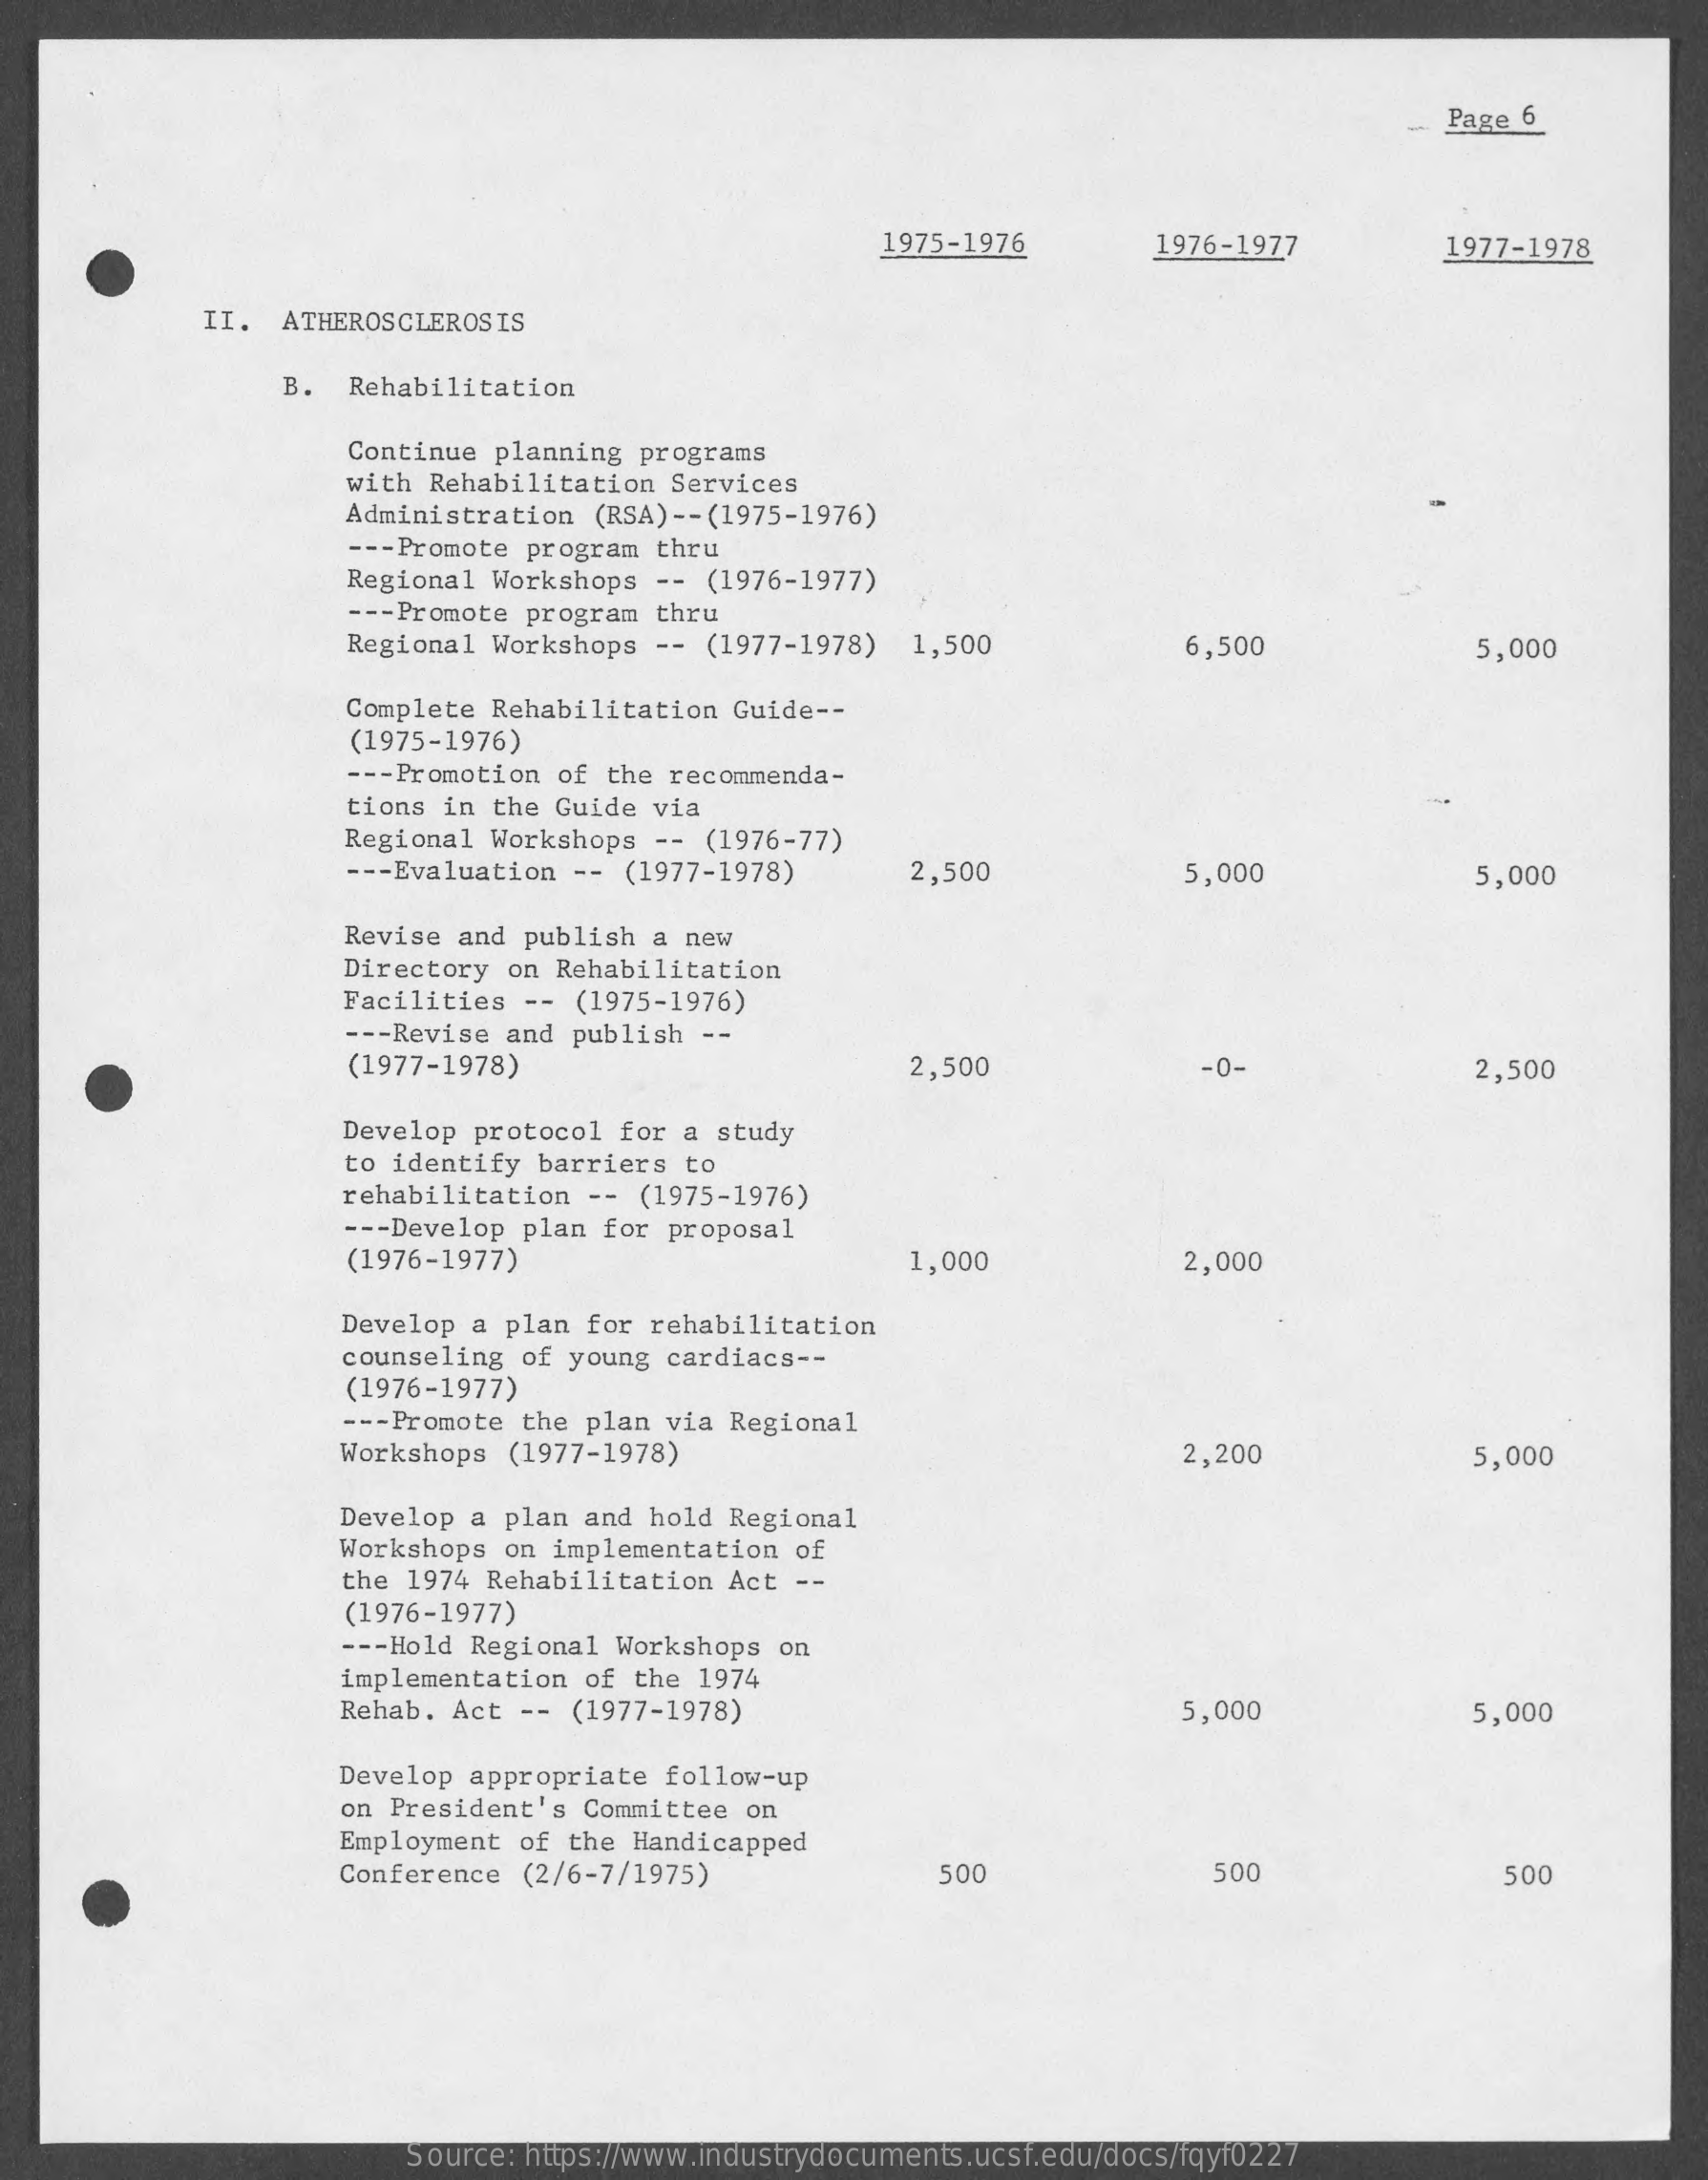
-  Page 6
     1975-1976    1976-1977    1977-1978
     II.  ATHEROSCLEROSIS
     B.  Rehabilitation
     Continue planning  programs
     with Rehabilitation  Services
     Administration  (RSA) -- (1975-1976)
     --- Promote program thru
     Regional Workshops   -- (1976-1977)
     --- Promote program thru
     Regional Workshops  --  (1977-1978)  1,500    6,500    5,000
     Complete Rehabilitation  Guide --
     (1975-1976)
     --- Promotion of the recommenda-
     tions in the  Guide via
     Regional Workshops  --  (1976-77)
     --- Evaluation -- (1977-1978)    2,500    5,000    5,000
     Revise and  publish a new
     Directory  on Rehabilitation
     Facilities  -- (1975-1976)
     --- Revise and publish  --
     (1977-1978)    2,500    -0-    2,500
     Develop protocol  for a study
     to identify barriers  to
     rehabilitation  -- (1975-1976)
     --- Develop plan for proposal
     (1976-1977)    1,000    2,000
     Develop a plan  for rehabilitation
     counseling of young  cardiacs --
     (1976-1977)
     --- Promote the plan via Regional
     Workshops  (1977-1978)    2,200    5,000
     Develop a plan  and hold Regional
     Workshops on implementation  of
     the 1974 Rehabilitation  Act  --
     (1976-1977)
     --- Hold Regional Workshops  on
     implementation  of the 1974
     Rehab. Act --  (1977-1978)    5,000    5,000
     Develop appropriate  follow-up
     on President's  Committee on
     Employment of the  Handicapped
     Conference  (2/6-7/1975)    50    500    500
     Source: https://www.industrydocuments.ucsf.edu/docs/fqyf0227